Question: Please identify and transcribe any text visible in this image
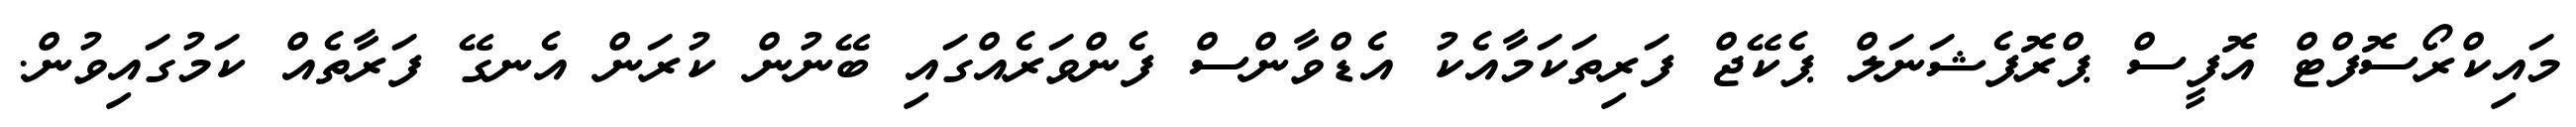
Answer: މައިކްރޯސޮފްޓް އޮފީސް ޕްރޮފެޝަނަލް ޕެކޭޖް ފަރިތަކަމާއެކު އެޑްވާންސް ފެންވަރެއްގައި ބޭނުން ކުރަން އެނގޭ ފަރާތެއް ކަމުގައިވުން.